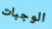
الوجبات